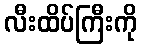
လီးထိပ်ကြီးကို